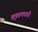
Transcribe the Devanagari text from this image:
वृषरूपधारी